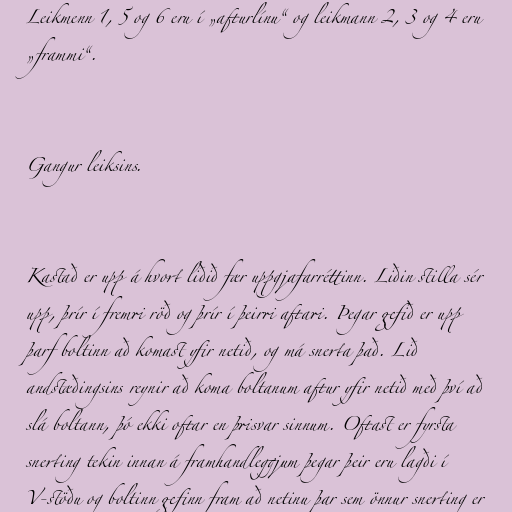
Leikmenn 1, 5 og 6 eru í „afturlínu“ og leikmann 2, 3 og 4 eru
„frammi“.

Gangur leiksins.

Kastað er upp á hvort liðið fær uppgjafarréttinn. Liðin stilla sér
upp, þrír í fremri röð og þrír í þeirri aftari. Þegar gefið er upp
þarf boltinn að komast yfir netið, og má snerta það. Lið
andstæðingsins reynir að koma boltanum aftur yfir netið með því að
slá boltann, þó ekki oftar en þrisvar sinnum. Oftast er fyrsta
snerting tekin innan á framhandleggjum þegar þeir eru lagði í
V-stöðu og boltinn gefinn fram að netinu þar sem önnur snerting er